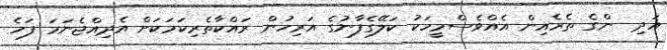
އަދި  ންގެ ތެރެއިން އެއްވެސްމީހަކު ކަލޭގެފާނުގެ އަރިހުން ރައްކާތެރިކަމަކަށް އެދިއްޖެނަމަ ފަހެ